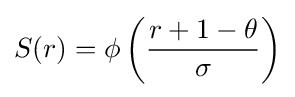
S(r)=\phi \left({\frac {r+1-\theta }{\sigma }}\right)